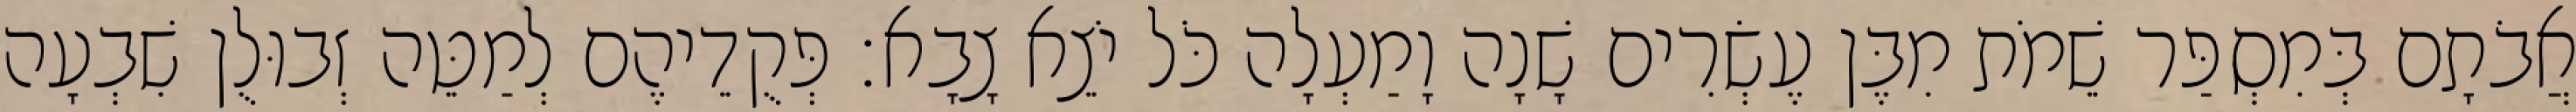
אֲבֹתָם בְּמִסְפַּר שֵׁמֹת מִבֶּן עֶשְׂרִים שָׁנָה וָמַעְלָה כֹּל יֹצֵא צָבָא׃ פְּקֻדֵיהֶם לְמַטֵּה זְבוּלֻן שִׁבְעָה